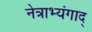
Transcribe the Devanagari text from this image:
नेत्राभ्यंगाद्